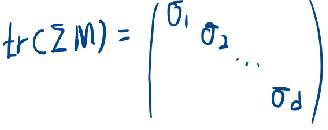
\[
tr(\Sigma M)=\begin{pmatrix}
\sigma_1 & \sigma_2 & \cdots \\
& & & \sigma_d
\end{pmatrix}
\]